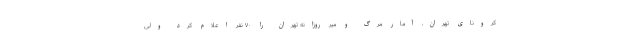
کرونای تهران، آمار مرگ و میر روزانه تهران را ۷۰ نفر اعلام کرد ولی